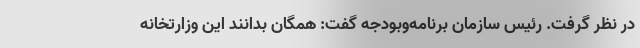
در نظر گرفت. رئیس سازمان برنامه‌وبودجه گفت: همگان بدانند این وزارتخانه